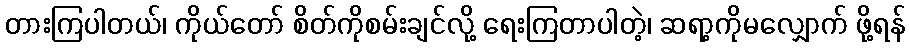
တားကြပါတယ်၊ ကိုယ်တော် စိတ်ကိုစမ်းချင်လို့ ရေးကြတာပါတဲ့၊ ဆရာ့ကိုမလျှောက် ဖို့ရန်